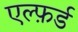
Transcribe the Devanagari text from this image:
एल्फ़र्ड